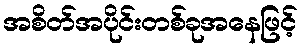
အစိတ်အပိုင်းတစ်ခုအနေဖြင့်